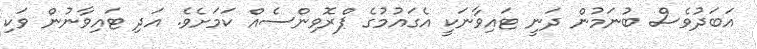
އަބަދުވެސް ބުނަމުން ދަނީ ޓައިވާނަކީ އެގައުމުގެ ޕްރޮވިންސެއް ކަމަށެވެ. އަދި ޓައިވާނުން ވަކި